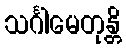
သင်္ဂါမေတုန္တိ